Vital statistics of India. Vol. IV, Annual returns from 1871 to 1876. British Army of India, Native Army and jails of Bengal
Year: 1871
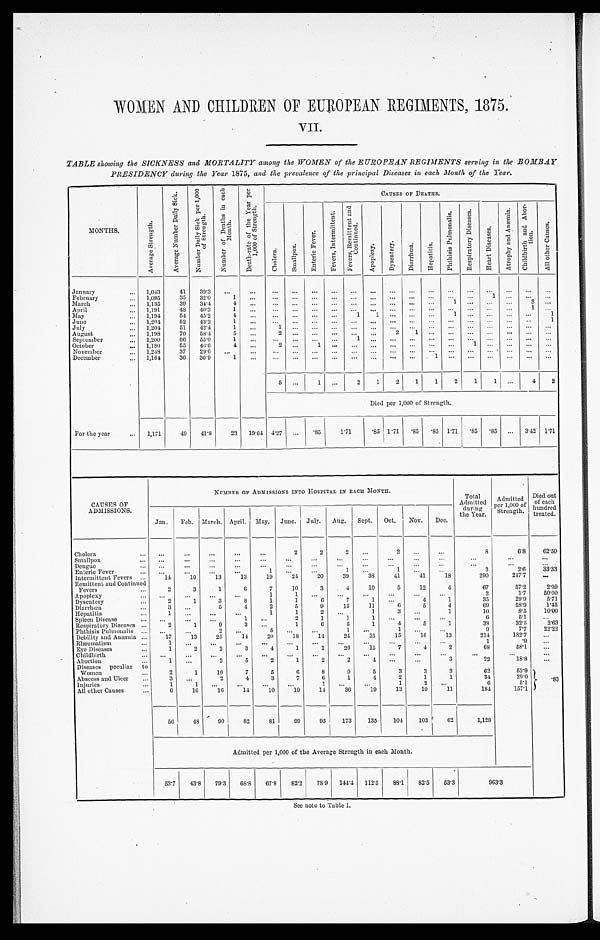
WOMEN AND CHILDREN OF EUROPEAN REGIMENTS, 1875.
VII.
TABLE showing the SICKNESS and MORTALITY among the WOMEN of the EUROPEAN REGIMENTS serving in the BOMBAY
PRESIDENCY during the Year 1875, and the prevalence of the principal Diseases in each Month of the Year.
.
MONTHS.
A v e r a g e S t r e n g t h .
A v e r a g e N u m b e r D a i l y S i c k .
N u m b e r D a i l y S i c k p e r 1 , 0 0 0 o f S t r e n g t h .
N u m b e r o f D e a t h s i n e a c h M o n t h .
D e a t h - r a t e o f t h e Y e a r p e r 1 , 0 0 0 o f S t r e n g t h .
C A U S E S O P D E A T H S .
C h o l e r a .
S m a l l p o x .
E n t e r i c F e v e r .
F e v e r s , I n t e r m i t t e n t . F e v e r s , R e m i t t e n t a n d C o n t i m n e d .
A p o p l e x y . D y s e n t e r y .
D i n r r h œ a .
H e p a t i t i s .
P h t h i s i s P u l m o n a l i s .
R e s p i r a t o r y D i s c a s e s .
H e a r t D i s e a s e s .
A t r o p h y a n d A u æ m i a . C h i l d b i r t h a n d A b o v - t i o n .
A l l o t h e r C a u s e s .
January
. . . 1,043
41 39.3 ...
. . .
...
. . .
. . . ... . . .
...
. . . ... ...
...
. . . ... ... ...
...
February
... 1,095
35 32.0
1 ...
...
. . . ... ... ... ... ... ... ... ... ...
1 ... ... ...
March
... 1,135
39 34.4
4
. . . ... ...
. . . ... ... ... ... ... ...
1
. . . ...
...
3 ....
April
... 1,191
48 40.3
1 ...
... ...
. . . ... ...
. . . ... ... ... ... ... ... ...
1 ...
May
... 1,194
54 45.2
4 ...
... ... ... ...
1 1
. . . ... ...
1 ... ... ... ...
1
June
... 1,204
52
4 3 . 3
1 ...
... ... ... ... ... ... ... ...
... ... ... ... ...
.. 1
July
... 1,204 ,
51 42.4
1 ..
1
. . .
. . . ...
. . . ...
. . . ... ...
...
. . . ... ...
......
August
... 1,198
70 58.4
5 ...
2
. . .
. . . ... ... ...
2
1 ...
...
. . . ... ...
......
September
. . . 1,200
66 55.0
1
. . . ... ...
. . .
. . .
1 ...
. . . ...
. . .
. . . . . .
. . . ... ... ...
October
. . . 1,180
55 46.6
4 ...
2
. . .
1 ...
. . . ...
. . . ... ...
...
1 ...
. . . ......
November
... 1,248
37 29.6 ...
...
. . . .
. . .
. . . ...
. . . ... ... ... ... ...
. . .
...
... ... ...
December
... 1,1641
36
3 0 . 9
1
. . .
... ... ... ...
. . .
. . . . . .
...
1 ...
. . . ... ...
... ...
5 . . .
1
. . .
2
1
2
1
1
2
1 1 ...
4
2
Died per 1,000 of Strength.
For the year
.„ 1,171
49 41.8
23 19.64 4.27 ...
.85
1.71
. 8 5 1.71 .85 .85
1. 71 .85 .85 ... 3.42
1. 71
. .
.
.
CAUSES OF
A D M I S S I O N S .
NUMBER OP ADMISSIONS INTO HOSPITAL IN EACH MONTH.
Total
Admitted d u r i n g
"
the Year.
Admitted
per 1,000 of
S t r e n g t h .
Died out
of each
hundred
treated.
Jan. Feb. March. April. May. June. July. Aug. Sept. Oct. Nov. Dee.
Cholera
... ...
...
...
...
...
2
2
2
. . .
2
. . .
...
8
6.8
62.50
Smallpox
... ...
...
...
...
. . . ...
...
...
...
...
...
...
...
. . . ...
Dengue
. . . ...
...
...
...
...
...
. . . ...
...
. . . ...
...
...
...
. . .
Enteric Fever
... ...
...
...
...
1 ...
...
1
...
1 ...
...
3
2.6
33.33
Intermittent Fevers ...
14
10
13
13
19
24
20
39
38
41
41
18
290
2477
. . .
Remittent and Continued
Fevers
...
2
3
1
6
7
10
3
4
10
5
12
4
67
57.2
2.99
Apoplexy
... ...
...
...
...
1
1
. . . ...
...
...
...
...
2
1.7
50.00
Dysentery
...
2
1
3
8
1
1
6
7
1 ...
4
1
35
29.9
5.71
Diarrhœa
...
3
. . .
5
4
2
5
9
15
11
6
5
4
69
58.9
1.45
Hepatitis
...
1
. . .
. . .
. . .
1
1
2
. . .
1
3
. . .
1
10
8.5
10.00
Spleen Disease
... ...
...
...
1 ...
2
1
1
1 ...
...
...
6
5.1
...
Respiratory Diseases ...
2
1
9
3 ...
1
6
5
1
4
5
1
33
32.5
2.63
Phthisis Pulnlonalis ... ...
...
2
. . .
5 ...
...
I
. . .
1 ...
...
9
7.7
22.22
Debility and Anæmia ...
17
13
25
14
20
18
14
24
25
15
16
13
214
182.7
. . .
Rheumatism
...
1
...
...
...
...
...
...
...
...
...
...
1
.9
...
Eye Diseases
...
1
2
2
3
4
1
1
26
15
7
4
2
68
58.1
. . .
Childbirth
... ...
...
...
...
...
...
. . .
...
. . .
...
...
...
...
...
...
Abortion
...
1 ...
2
5
2
1
2
2
4
. . .
. . .
3
22
18.8
. . .
Diseases peculiar to
Women
...
2
1
10
7
5
6
8
9
5
3
3
3
62
52.9
Abscess and Ulcer
...
3
. . .
2
4
3
7
6
1
4
2
1
1
34
29.0
.83
Injuries
...
1
1
. . . ...
...
...
1
. . . ...
1
2
. . .
6
5 . 1
All other Causes
...
6
16
16
14
10
19
14
36
19
13
10
11
184
157.1
56
48
9 0
82
81
99
95
173
135
104
1 0 3
62
1,128
Admitted per 1,000 of the Average Strength in each Month.
53.7 43.8 79.3 68.3 67.8 82.2
7 8 . 9 144.4 112.5
8 3 . 1 82.5 53.3
9 6 3 . 3
See note to Table I.